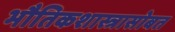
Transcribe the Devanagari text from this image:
भौतिकशास्त्रासोबत